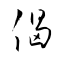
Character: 偈